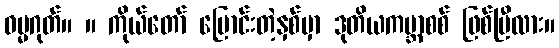
ဓမ္မဂုတ်။ ။ ကိုယ်တော် ပြောင်းတဲ့နှစ်မှာ ဒုတိယကမ္ဘာစစ် ဖြစ်ပြီလား။